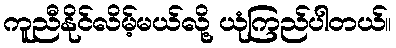
ကူညီနိုင်လိမ့်မယ်လို့ ယုံကြည်ပါတယ်။